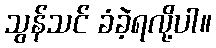
သွန်သင် ခံခဲ့ရလို့ပါ။